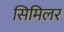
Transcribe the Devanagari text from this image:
सिमिलर